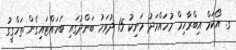
ގ. އޯކަމް އިބްރާހިމް މުހައްމަދު މަނިކު 15 ދުވަހު ބަންދުގައި ބަހައްޓައިގެން ތަހްގީގު